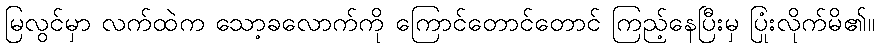
မြလွင်မှာ လက်ထဲက သော့ခလောက်ကို ကြောင်တောင်တောင် ကြည့်နေပြီးမှ ပြုံးလိုက်မိ၏။